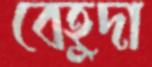
বেহুদা